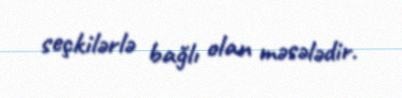
seçkilərlə bağlı olan məsələdir.